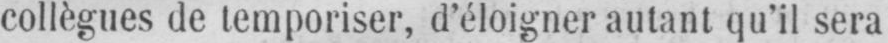
collègues de temporiser, d’éloigner autant qu’il sera